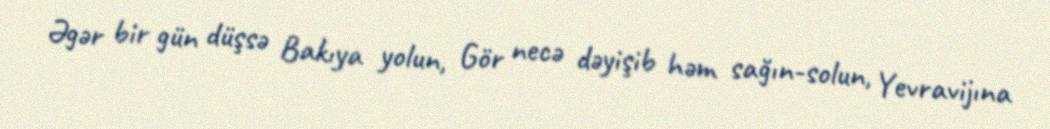
Əgər bir gün düşsə Bakıya yolun, Gör necə dəyişib həm sağın-solun, Yevravijına